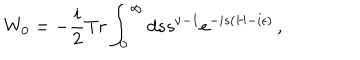
W _ { 0 } = - { \frac { i } { 2 } } T r \int _ { 0 } ^ { \infty } d s s ^ { \nu - 1 } e ^ { - i s ( H - i \epsilon ) } \, ,